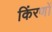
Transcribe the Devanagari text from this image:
किंरणों